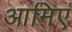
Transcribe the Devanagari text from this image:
आमिएं